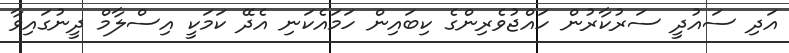
އަދި ސައުދީ ސަރުކާރުން ހައްޖުވެރިންގެ ކިބައިން ހަމައެކަނި އެދޭ ކަމަކީ އިސްލާމް ދީނުގައިވާ